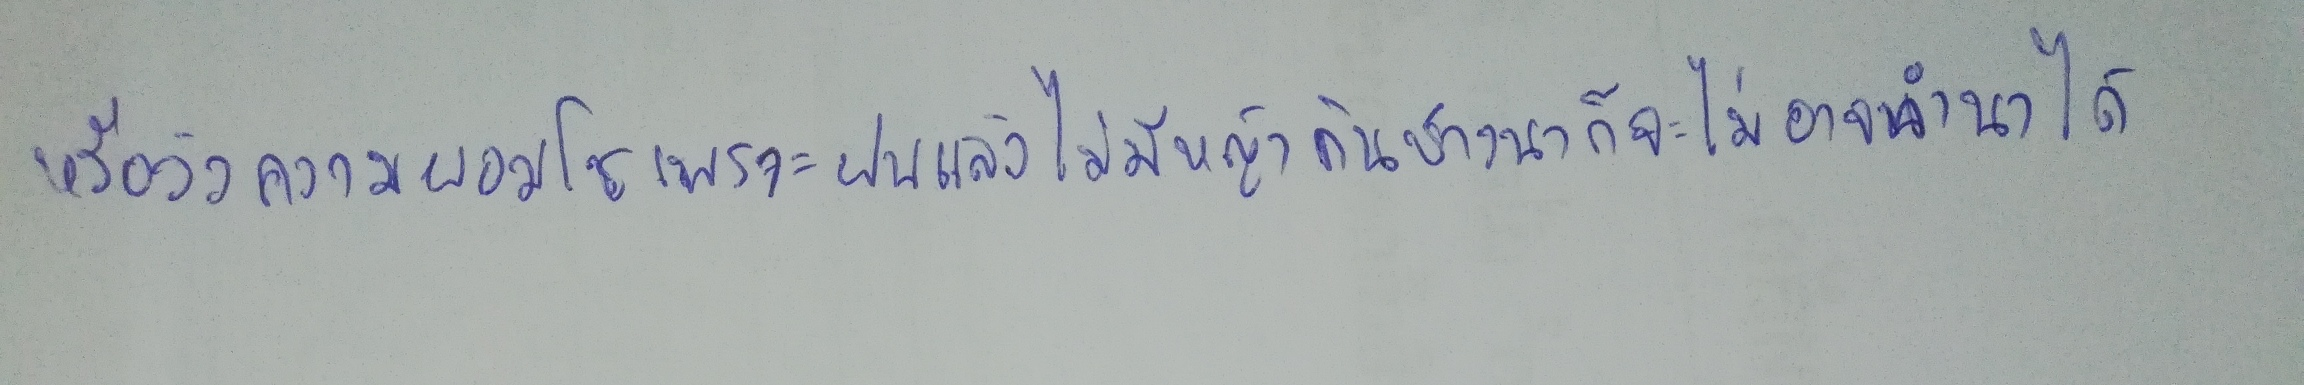
หรือวัวควายผอมโซเพราะฝนแล้งไม่มีหญ้ากินชาวนาก็จะไม่อาจทำนาได้